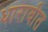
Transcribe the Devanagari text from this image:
धारावीत